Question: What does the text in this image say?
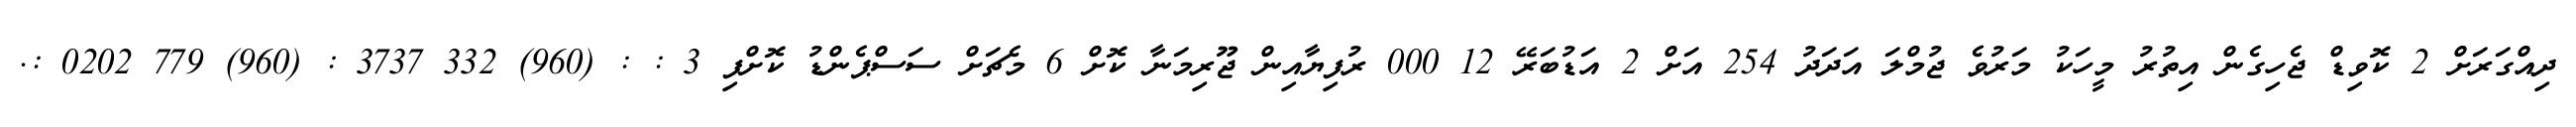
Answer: ދިއްގަރަށް 2 ކޮވިޑް ޖެހިގެން އިތުރު މީހަކު މަރުވެ ޖުމްލަ އަދަދު 254 އަށް 2 އަޑުބަރޭ 12 000 ރުފިޔާއިން ޖޫރިމަނާ ކޮށް 6 މެޗަށް ސަސްޕެންޑު ކޮށްފި 3 : : (960) 332 3737 : (960) 779 0202 :.